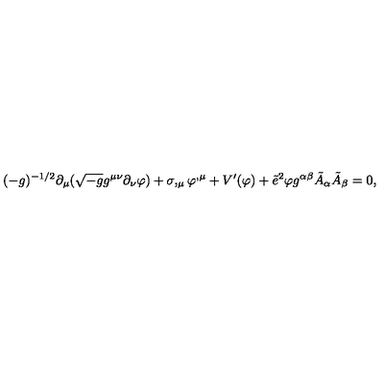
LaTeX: ( - g ) ^ { - 1 / 2 } \partial _ { \mu } ( \sqrt { - g } g ^ { \mu \nu } \partial _ { \nu } \varphi ) + \sigma , _ { \mu } \varphi ^ { , \mu } + V ^ { \prime } ( \varphi ) + \tilde { e } ^ { 2 } \varphi g ^ { \alpha \beta } \tilde { A } _ { \alpha } \tilde { A } _ { \beta } = 0 ,